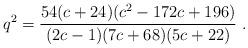
LaTeX: \begin{align*}q^2 = {54 (c+24) (c^2-172 c + 196) \over (2c-1) (7c+68) (5c+22)}\ .\end{align*}